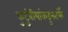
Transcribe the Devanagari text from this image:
कुटुंबीयांकडूनतर्फे